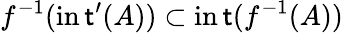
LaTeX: f^{-1}(\operatorname{in\mathsf{t}}^{\prime}(A))\subset\operatorname{in\mathsf{t}}(f^{-1}(A))